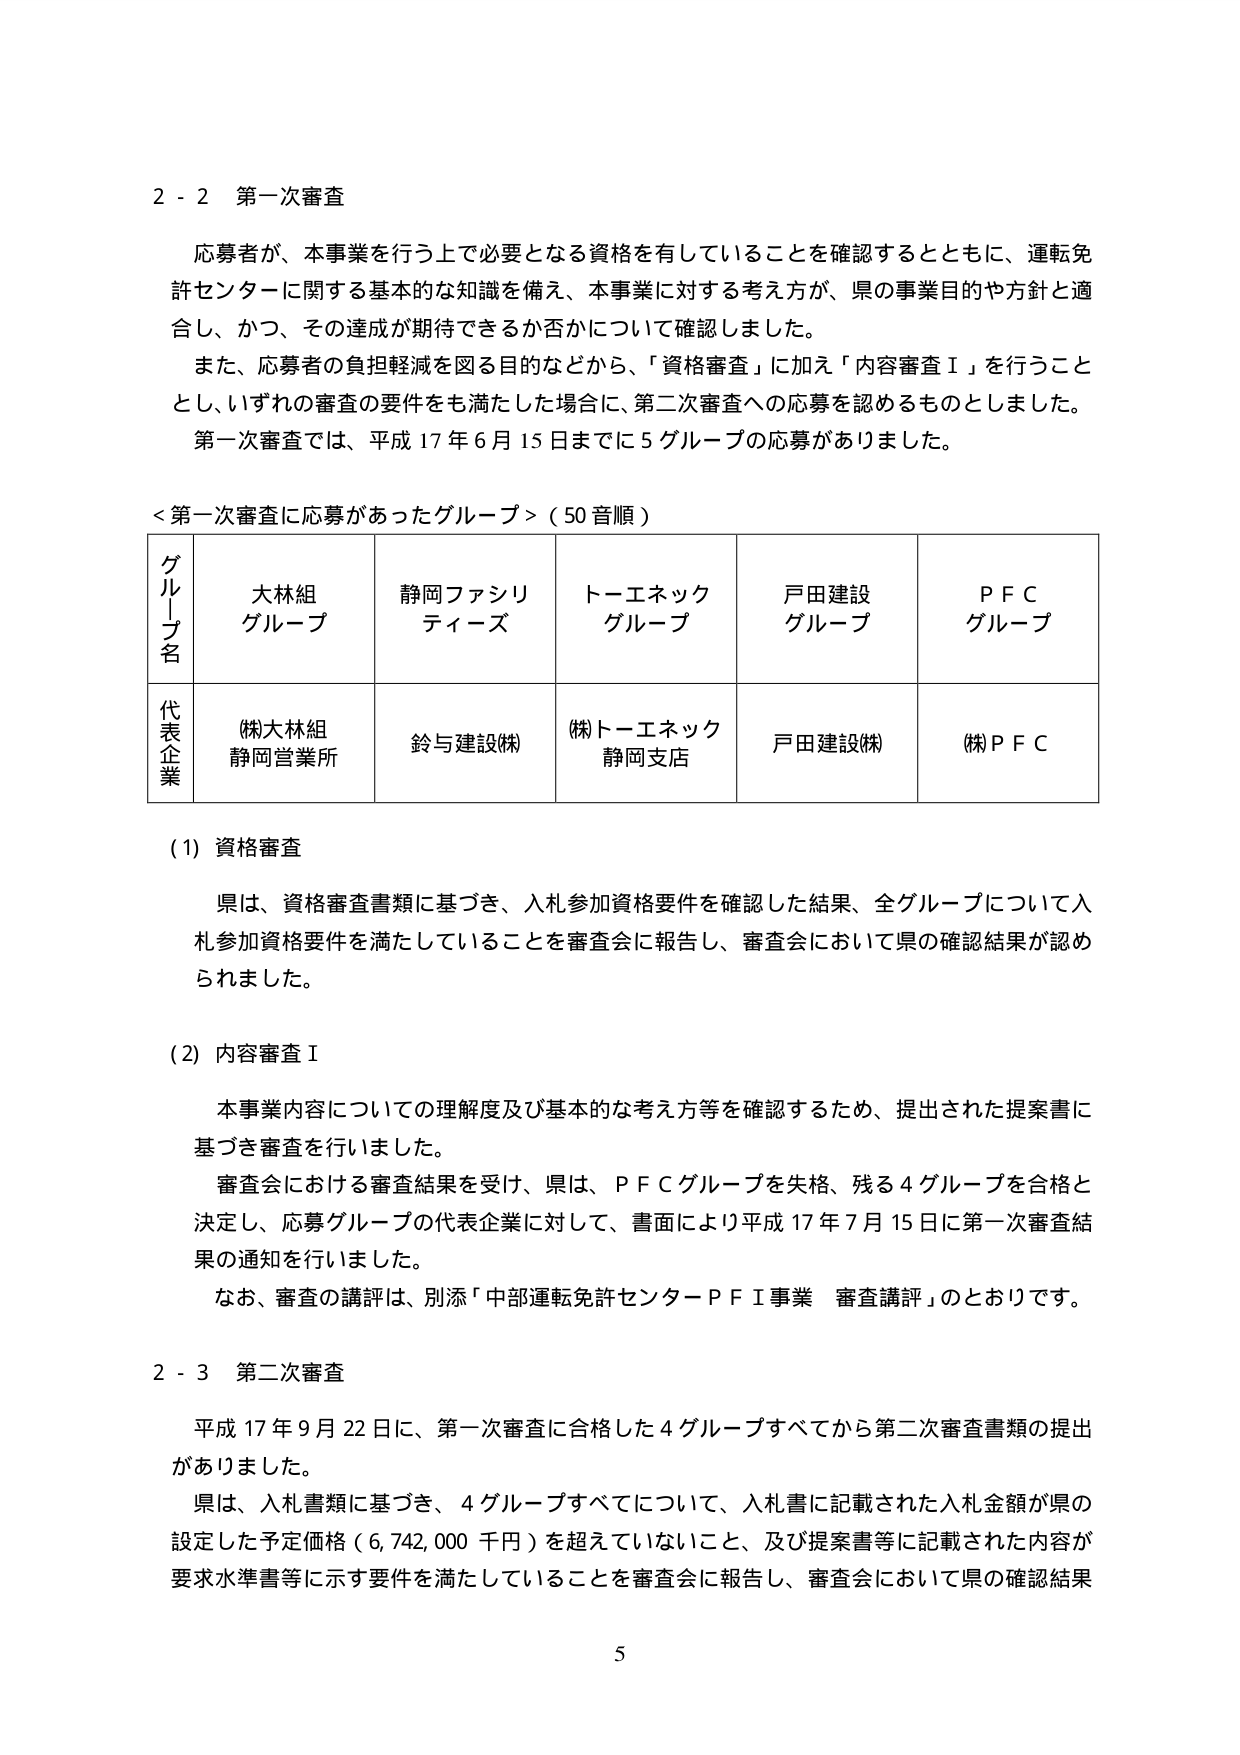
2 - 2 第一次審査

応募者が、本事業を行う上で必要となる資格を有していることを確認するとともに、運転免許センターに関する基本的な知識を備え、本事業に対する考え方が、県の事業目的や方針と適合し、かつ、その達成が期待できるか否かについて確認しました。

また、応募者の負担軽減を図る目的などから、「資格審査」に加え「内容審査Ⅰ」を行うこととし、いずれの審査の要件をも満たした場合に、第二次審査への応募を認めるものとしました。

第一次審査では、平成17年6月15日までに5グループの応募がありました。

＜第一次審査に応募があったグループ＞（50音順）

| グループ名 | 大林組グループ | 静岡ファシリティーズ | トーエネックグループ | 戸田建設グループ | P F C グループ |
|-------------|----------------|----------------------|----------------------|------------------|----------------|
| 代表企業    | (株)大林組静岡営業所 | 鈴与建設(株) | (株)トーエネック静岡支店 | 戸田建設(株) | (株)P F C |

(1) 資格審査

県は、資格審査書類に基づき、入札参加資格要件を確認した結果、全グループについて入札参加資格要件を満たしていることを審査会に報告し、審査会において県の確認結果が認められました。

(2) 内容審査Ⅰ

本事業内容についての理解度及び基本的な考え方等を確認するため、提出された提案書に基づき審査を行いました。

審査会における審査結果を受け、県は、P F Cグループを失格、残る4グループを合格と決定し、応募グループの代表企業に対して、書面により平成17年7月15日に第一次審査結果の通知を行いました。

なお、審査の講評は、別添「中部運転免許センターＰＦＩ事業 審査講評」のとおりです。

2 - 3 第二次審査

平成17年9月22日に、第一次審査に合格した4グループすべてから第二次審査書類の提出がありました。

県は、入札書類に基づき、4グループすべてについて、入札書に記載された入札金額が県の設定した予定価格（6,742,000千円）を超えていないこと、及び提案書等に記載された内容が要求水準書等に示す要件を満たしていることを審査会に報告し、審査会において県の確認結果

5